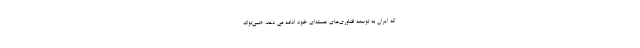
که ایران به توسعه فناوری‌های هسته‌ای خود ادامه می دهد، «نمی‌تواند